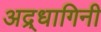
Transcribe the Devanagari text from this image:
अद्र्धागिनी